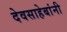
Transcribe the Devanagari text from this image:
देवसाहेबांनी